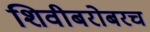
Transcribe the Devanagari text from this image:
शिवीबरोबरच